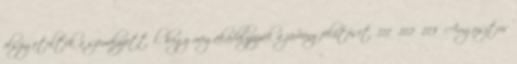
elszigetelték a személyzettől, hogy megakadályozzák a járvány felütését. 111 112 113 Augusztus